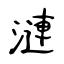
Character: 漣